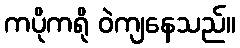
ကပိုကရို ဝဲကျနေသည်။